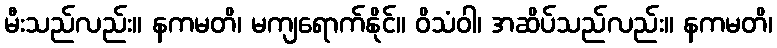
မီးသည်လည်း။ နကမတိ၊ မကျရောက်နိုင်။ ဝိသံဝါ၊ အဆိပ်သည်လည်း။ နကမတိ၊